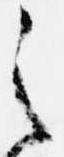
之